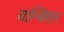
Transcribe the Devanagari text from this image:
यान्बियन